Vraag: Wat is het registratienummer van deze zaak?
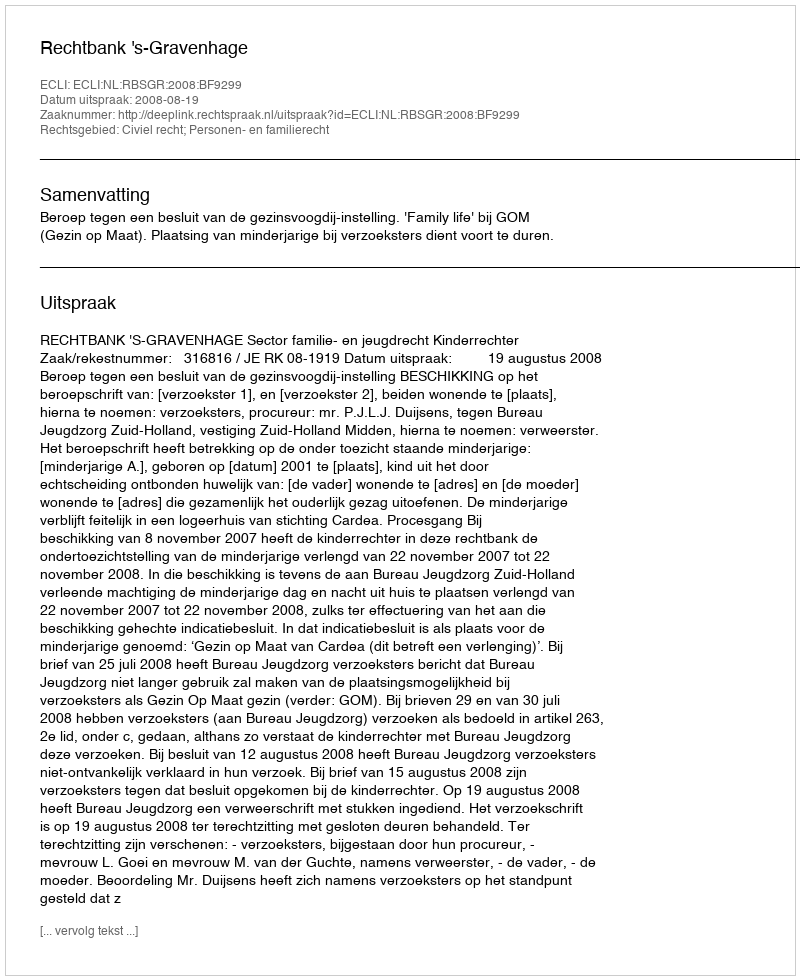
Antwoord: http://deeplink.rechtspraak.nl/uitspraak?id=ECLI:NL:RBSGR:2008:BF9299